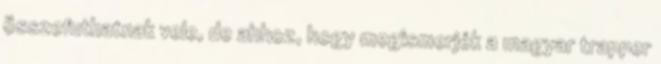
összefuthatnak vele, de ahhoz, hogy megismerjék a magyar trapper